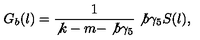
G _ { b } ( l ) = \frac { 1 } { \not { k } - m - \not { b } \gamma _ { 5 } } \not { b } \gamma _ { 5 } S ( l ) ,